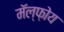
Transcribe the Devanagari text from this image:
मॅल्फ़ोय